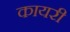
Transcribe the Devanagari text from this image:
कायरी